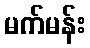
မက်မန်း